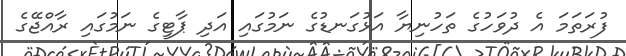
ފުރަތަމަ އެ ދުވަހުގެ ތަހުނިޔާ އަޅުގަނޑުގެ ނަމުގައި އަދި ޕާޓީގެ ނަމުގައި ރާއްޖޭގެ